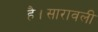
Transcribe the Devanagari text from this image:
है।सारावली